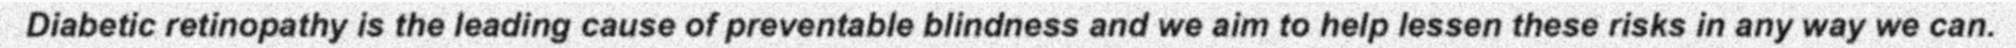
Diabetic retinopathy is the leading cause of preventable blindness and we aim to help lessen these risks in any way we can.